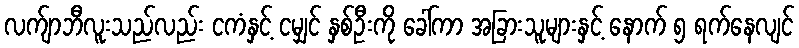
လက်ျာဘီလူးသည်လည်း ငကံနှင့် ငမျှင် နှစ်ဦးကို ခေါ်ကာ အခြားသူများနှင့် နောက် ၅ ရက်နေလျင်